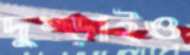
দুম্‌ড়াইও